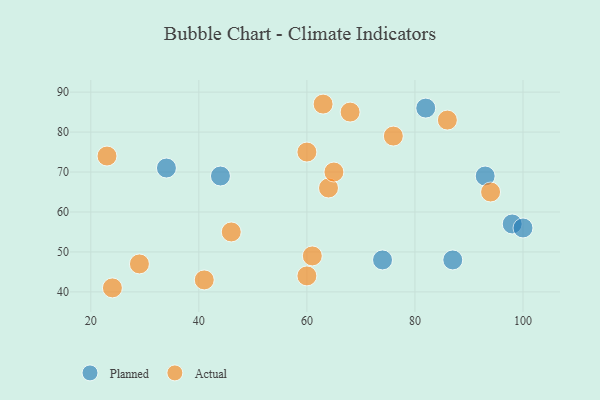
{"axis": {"x": "GDP", "y": "Life Expectancy"}, "legend": ["Actual", "Planned"], "data": [{"x": "34", "y": 71, "type": "Planned"}, {"x": "98", "y": 57, "type": "Planned"}, {"x": "87", "y": 48, "type": "Planned"}, {"x": "82", "y": 86, "type": "Planned"}, {"x": "93", "y": 69, "type": "Planned"}, {"x": "74", "y": 48, "type": "Planned"}, {"x": "100", "y": 56, "type": "Planned"}, {"x": "44", "y": 69, "type": "Planned"}, {"x": "76", "y": 79, "type": "Actual"}, {"x": "60", "y": 75, "type": "Actual"}, {"x": "94", "y": 65, "type": "Actual"}, {"x": "63", "y": 87, "type": "Actual"}, {"x": "64", "y": 66, "type": "Actual"}, {"x": "68", "y": 85, "type": "Actual"}, {"x": "86", "y": 83, "type": "Actual"}, {"x": "61", "y": 49, "type": "Actual"}, {"x": "60", "y": 44, "type": "Actual"}, {"x": "65", "y": 70, "type": "Actual"}, {"x": "29", "y": 47, "type": "Actual"}, {"x": "46", "y": 55, "type": "Actual"}, {"x": "24", "y": 41, "type": "Actual"}, {"x": "23", "y": 74, "type": "Actual"}, {"x": "41", "y": 43, "type": "Actual"}]}